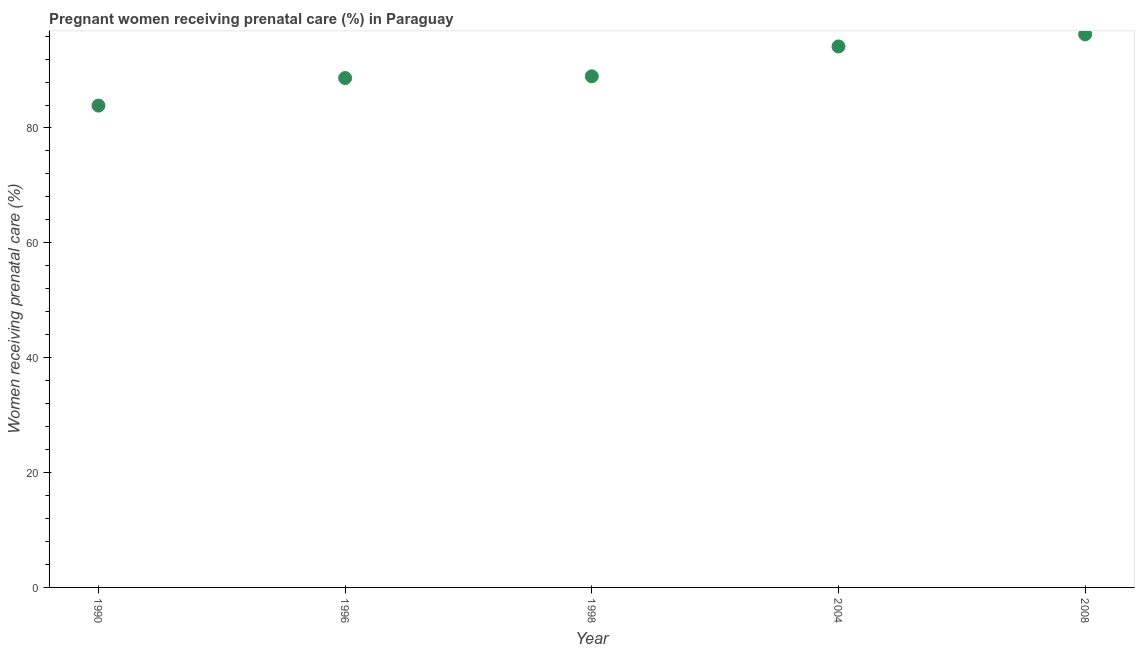
| Year | Pregnant women receiving prenatal care |
 | --- | --- |
 | 1990 | 83.9 |
 | 1996 | 88.7 |
 | 1998 | 89 |
 | 2004 | 94.2 |
 | 2008 | 96.3 |